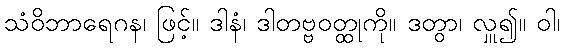
သံဝိဘာရေဂန၊ ဖြင့်။ ဒါနံ၊ ဒါတဗ္ဗဝတ္ထုကို။ ဒတွာ၊ လှူ၍။ ဝါ၊